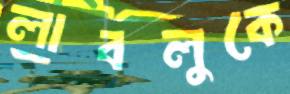
লাবলুকে